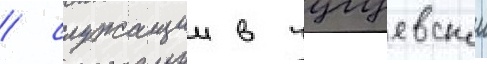
/ служащии в чугуевскои